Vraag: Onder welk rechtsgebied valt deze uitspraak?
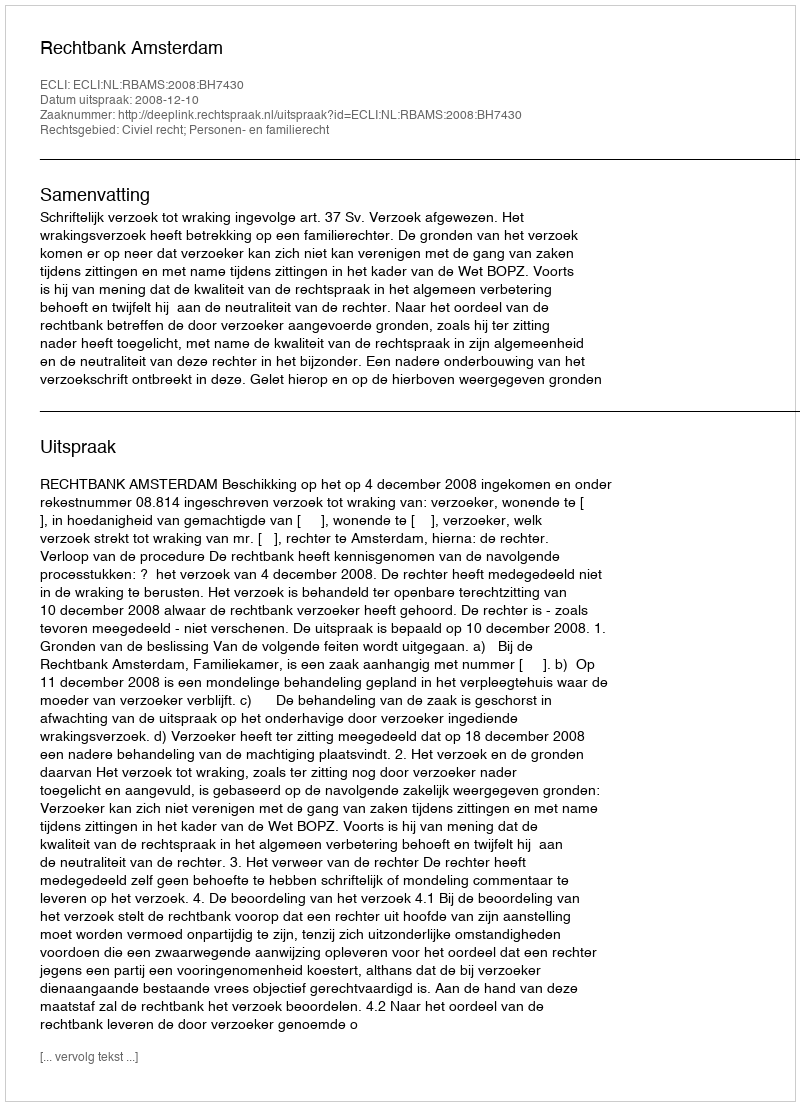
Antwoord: Civiel recht; Personen- en familierecht